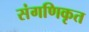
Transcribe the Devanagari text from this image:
संगणिकृत